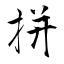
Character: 拼